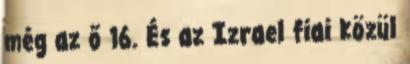
még az ő 16. És az Izrael fiai közül